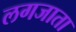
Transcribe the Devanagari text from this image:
लगजाता